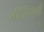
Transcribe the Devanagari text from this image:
बीजिंगशी